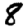
Digit: 8